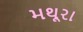
મથૂરા